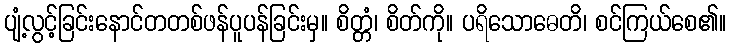
ပျံ့လွင့်ခြင်းနောင်တတစ်ဖန်ပူပန်ခြင်းမှ။ စိတ္တံ၊ စိတ်ကို။ ပရိသောဓေတိ၊ စင်ကြယ်စေ၏။